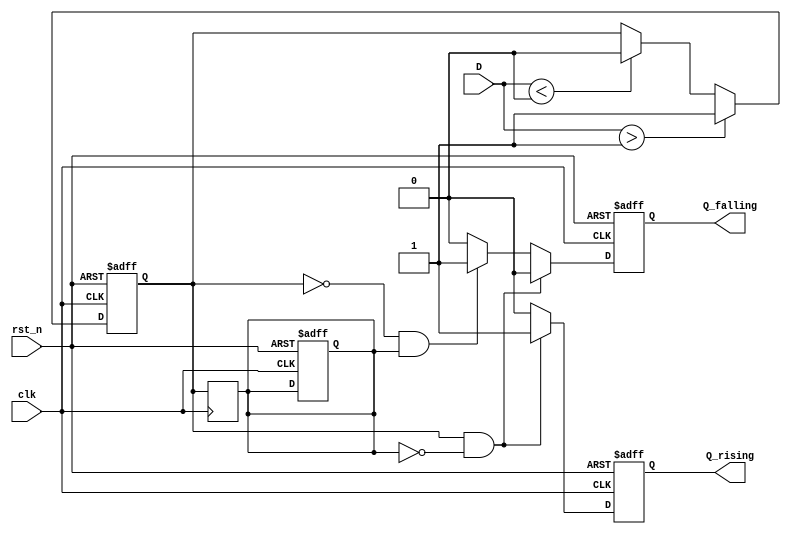
module schmitt_trigger_edge_detector (
    input wire clk,         // Clock input
    input wire rst_n,      // Active low reset
    input wire D,          // Noisy input signal
    output reg Q_rising,   // Rising edge output
    output reg Q_falling   // Falling edge output
);

// Parameters for hysteresis levels (threshold levels)
parameter THRESHOLD_H = 1'b1; // High threshold
parameter THRESHOLD_L = 1'b0; // Low threshold

// Internal signals
reg D_clean;             // Cleaned signal after Schmitt Trigger
reg D_prev;              // Previous state of the cleaned signal

// Schmitt Trigger Logic
always @(posedge clk or negedge rst_n) begin
    if (!rst_n) begin
        D_clean <= 1'b0;     // Reset the cleaned signal
    end else begin
        if (D > THRESHOLD_H) begin
            D_clean <= 1'b1; // Set clean signal to high
        end else if (D < THRESHOLD_L) begin
            D_clean <= 1'b0; // Set clean signal to low
        end
    end
end

// Edge Detection Logic (Using Flip-Flops)
always @(posedge clk or negedge rst_n) begin
    if (!rst_n) begin
        D_prev <= 1'b0;       // Initialize previous state to low
        Q_rising <= 1'b0;     // Reset rising edge output
        Q_falling <= 1'b0;    // Reset falling edge output
    end else begin
        // Edge detection logic
        if (D_clean && !D_prev) begin
            Q_rising <= 1'b1; // Detect rising edge
            Q_falling <= 1'b0; // Reset falling output
        end else if (!D_clean && D_prev) begin
            Q_falling <= 1'b1; // Detect falling edge
            Q_rising <= 1'b0; // Reset rising output
        end else begin
            Q_rising <= 1'b0; // Reset rising edge signal if no edge
            Q_falling <= 1'b0; // Reset falling edge signal if no edge
        end
    end
end

// Store previous state for the next clock cycle
always @(posedge clk) begin
    D_prev <= D_clean;
end

endmodule